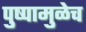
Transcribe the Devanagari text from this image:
पुष्पामुळेच